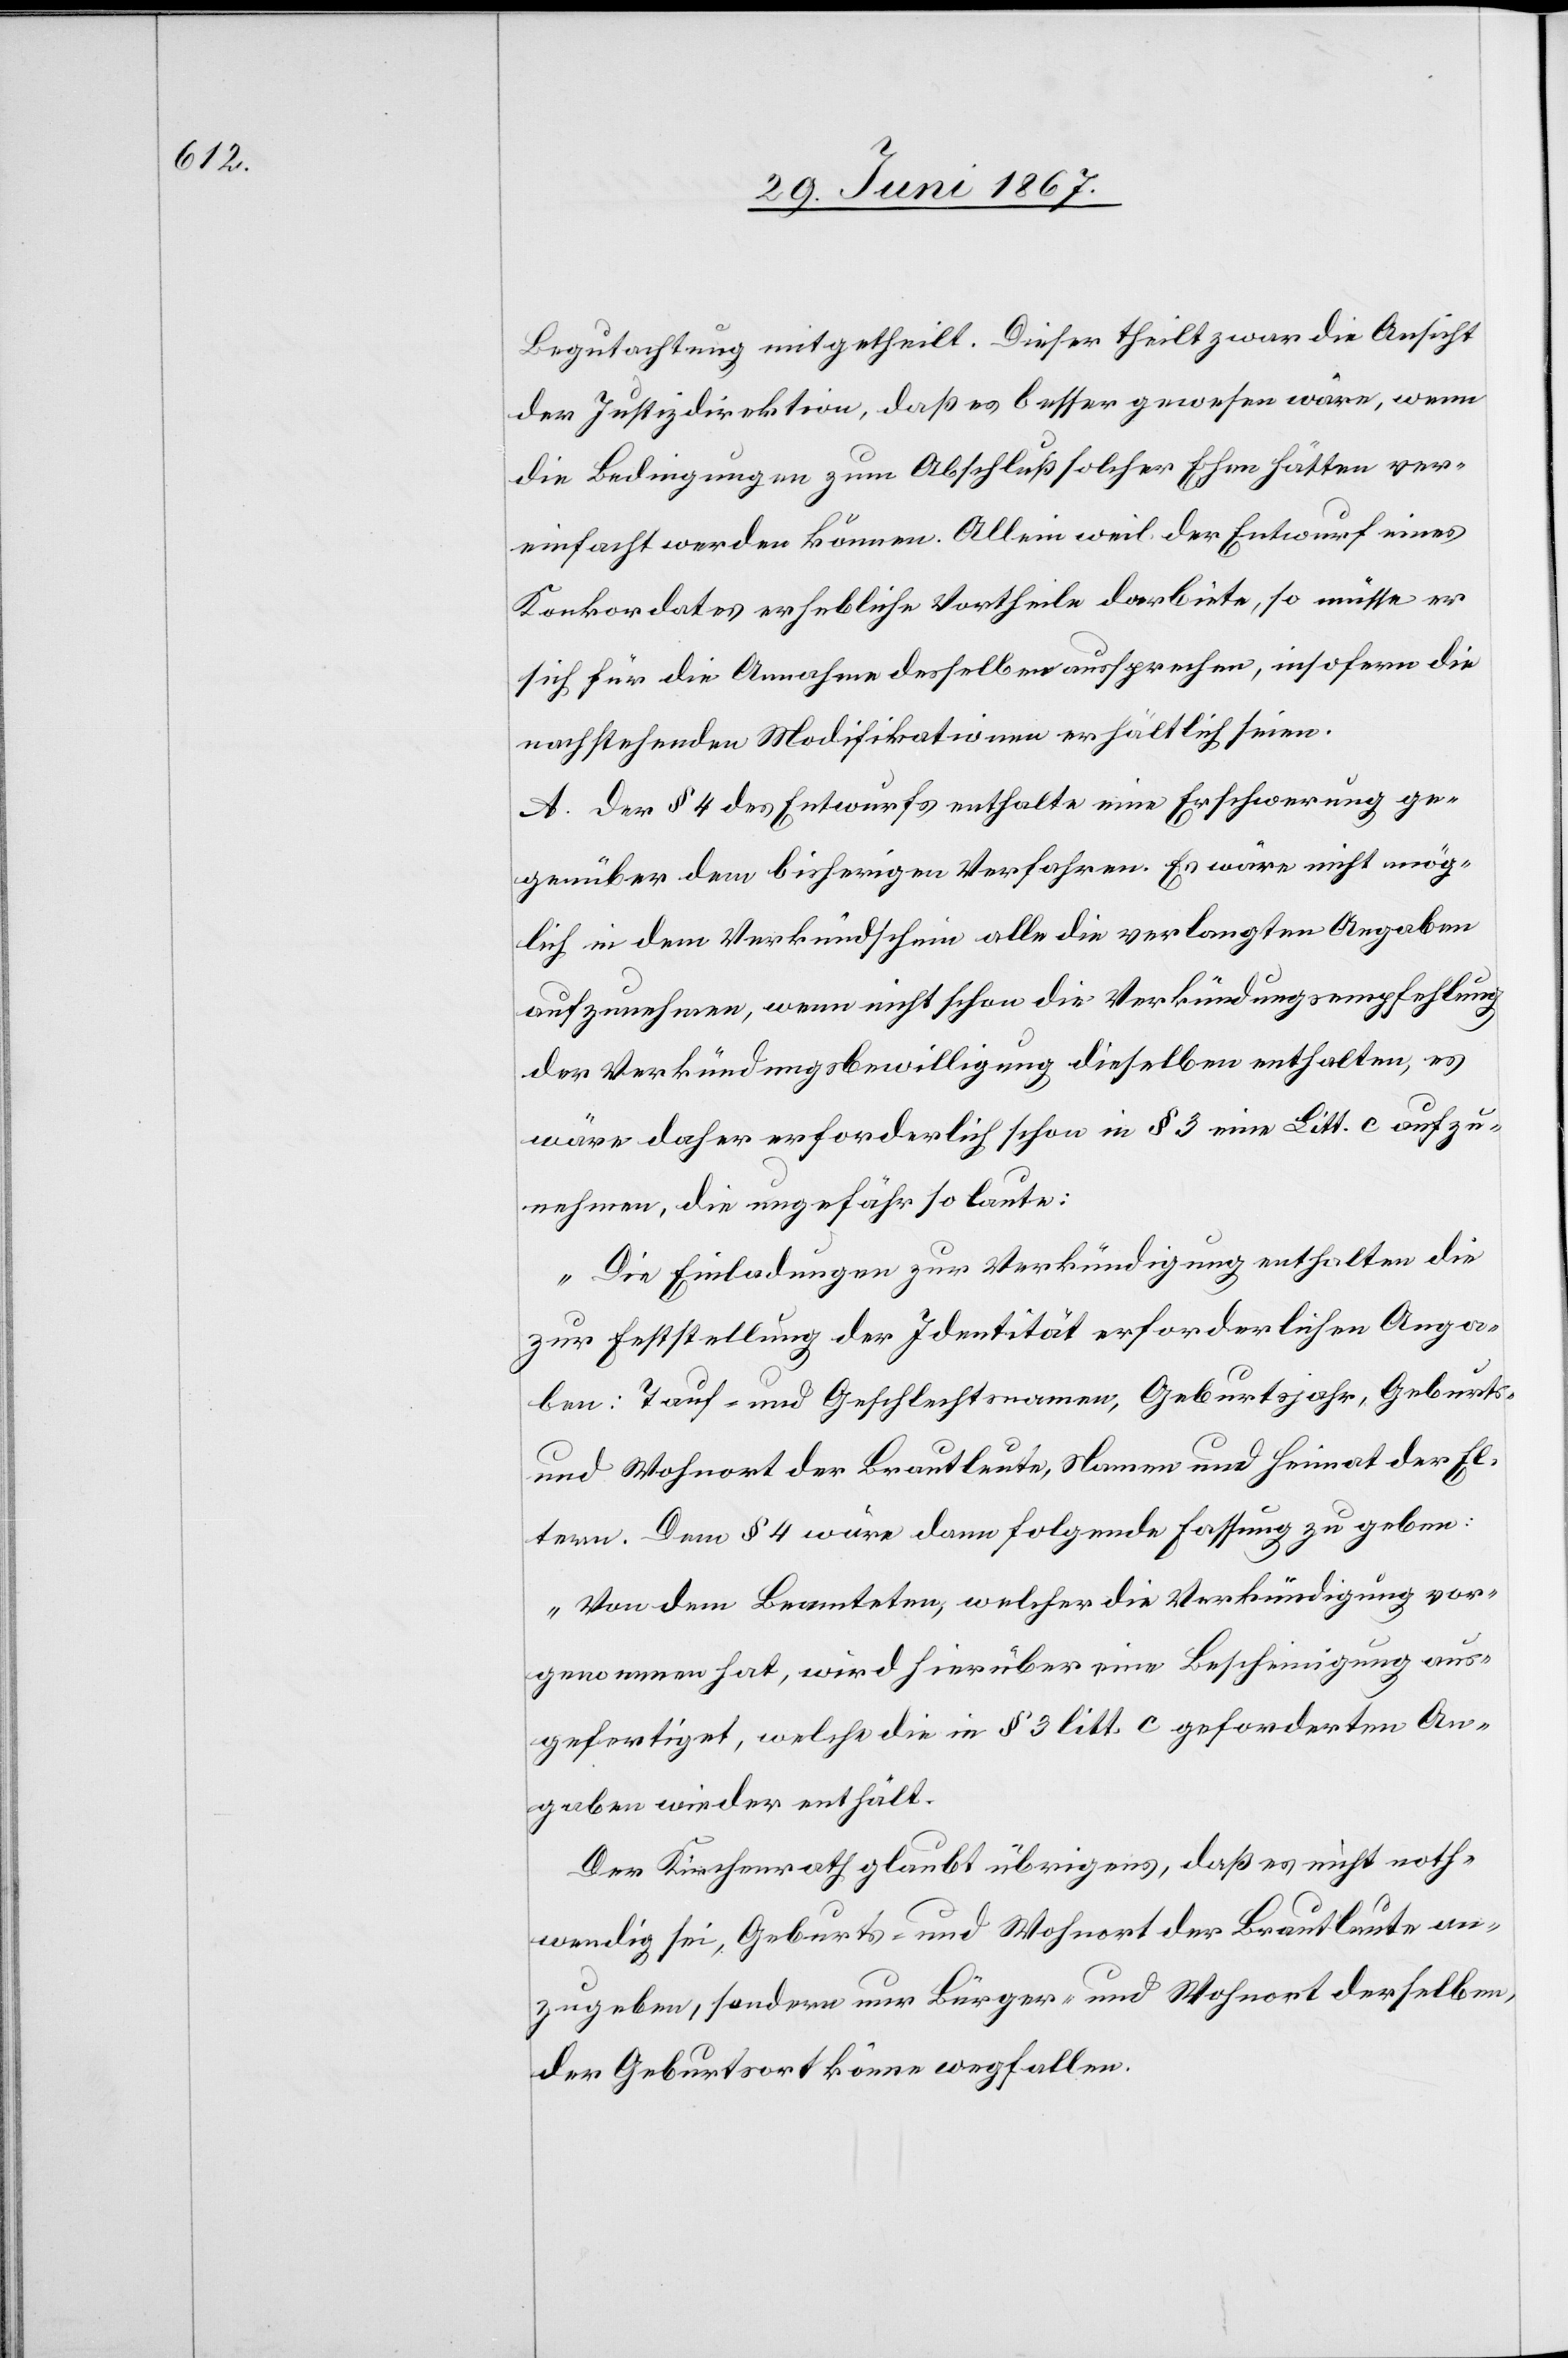
Begutachtung mitgetheilt. Dieser theilt zwar die Ansicht
der Justizdirektion, daß es besser gewesen wäre, wenn
die Bedingungen zum Abschluß solcher Ehen hätten ver¬
einfacht werden können. Allein weil der Entwurf eines
Konkordates erhebliche Vortheile darbiete, so müsse er
sich für die Annahme desselben aussprechen, insofern die
nachstehenden Modifikationen erhältlich seien.
A. Der § 4 des Entwurfes enthalte eine Erschwerung ge¬
genüber dem bisherigen Verfahren. Es wäre nicht mög¬
lich in dem Verkündschein alle die verlangten Angaben
aufzunehmen, wenn nicht schon die Verkündungsempfehlung[?en]
der Verkündungsbewilligung dieselben enthalten, es
wäre daher erforderlich schon in § 3 eine Litt. c aufzu¬
nehmen, die ungefähr so laute:
„Die Einladungen zur Verkündigung enthalten die
zur Feststellung der Identität erforderlichen Anga¬
ben: Tauf- und Geschlechtsnamen, Geburtsjahr, Geburts-
und Wohnort der Brautleute, Namen und Heimat der El¬
tern.[“] Dem § 4 wäre dann folgende Fassung zu geben:
„Von dem Beamteten, welcher die Verkündigung vor¬
genommen hat, wird hierüber eine Bescheinigung aus¬
gefertigt, welche die in § 3 litt. c geforderten An¬
gaben wieder enthält.[“]
Der Kirchenrath glaubt übrigens, daß es nicht noth¬
wendig sei, Geburts- und Wohnort der Brautleute an¬
zugeben, sondern nur Bürger- und Wohnort derselben,
der Geburtsort könne wegfallen.